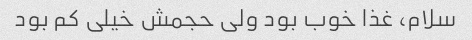
سلام، غذا خوب بود ولی حجمش خیلی کم بود